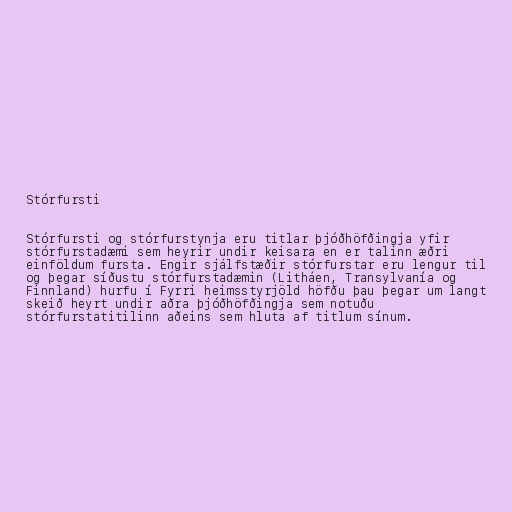
Stórfursti

Stórfursti og stórfurstynja eru titlar þjóðhöfðingja yfir
stórfurstadæmi sem heyrir undir keisara en er talinn æðri
einföldum fursta. Engir sjálfstæðir stórfurstar eru lengur til
og þegar síðustu stórfurstadæmin (Litháen, Transylvanía og
Finnland) hurfu í Fyrri heimsstyrjöld höfðu þau þegar um langt
skeið heyrt undir aðra þjóðhöfðingja sem notuðu
stórfurstatitilinn aðeins sem hluta af titlum sínum.